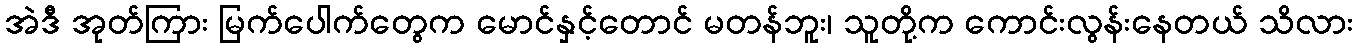
အဲဒီ အုတ်ကြား မြက်ပေါက်တွေက မောင်နှင့်တောင် မတန်ဘူး၊ သူတို့က ကောင်းလွန်းနေတယ် သိလား